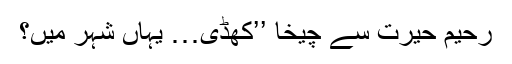
رحیم حیرت سے چیخا ’’کھڈی… یہاں شہر میں؟